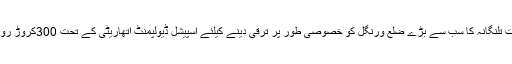
چیف منسٹر نے کہا کہ حیدرآباد کے بعد ریاست تلنگانہ کا سب سے بڑے ضلع ورنگل کو خصوصی طور پر ترقی دینے کیلئے اسپیشل ڈیولپمنٹ اتھاریٹی کے تحت 300کروڑ روپیوں سے ترقیاتی کاموں کو انجام دیا جائے گا۔